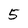
Character: 5